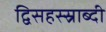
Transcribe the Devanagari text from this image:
द्विसहस्स्राब्दी